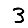
Digit: 3